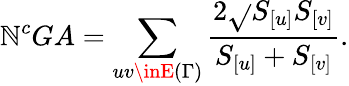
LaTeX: \mathbb{N}^{c}GA=\sum_{uv\inE{(\Gamma)}}\frac{{2\sqrt{}{{S_{[u]}S_{[v]}}}}}{{S_{[u]}+S_{[v]}}}.